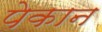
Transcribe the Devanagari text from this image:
पेकान